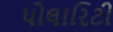
પોલારિટી